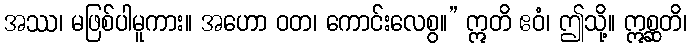
အဿ၊ မဖြစ်ပါမူကား။ အဟော ဝတ၊ ကောင်းလေစွ။” ဣတိ ဧဝံ၊ ဤသို့။ ဣစ္ဆတိ၊